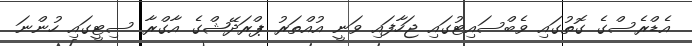
އެޑްރެސްގެ ގޮތުގައި ވެބްސައިޓުގައި ޖަހާފައި ވަނީ އުއްތަރު ޕްރަދޭޝްގެ އާގްރާ ސިޓީގައި ހުންނަ